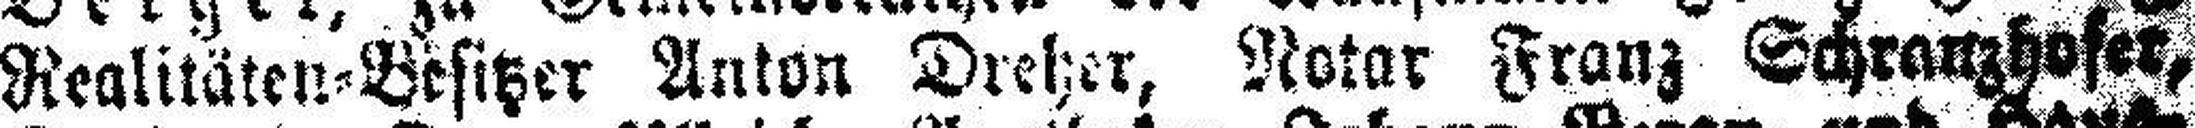
Realitäten=Besitzer Anton Dreher, Notar Franz Schranzhofer,